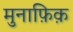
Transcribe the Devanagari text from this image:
मुनाफ़िक़